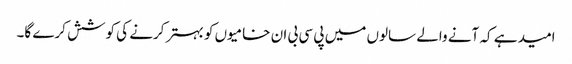
امید ہے کہ آنے والے سالوں میں پی سی بی ان خامیوں کو بہتر کرنے کی کوشش کرے گا۔